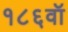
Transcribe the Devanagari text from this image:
१८६वॉ